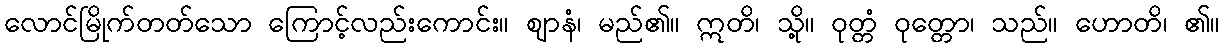
လောင်မြိုက်တတ်သော ကြောင့်လည်းကောင်း။ ဈာနံ၊ မည်၏။ ဣတိ၊ သို့။ ဝုတ္တံ ဝုတ္တော၊ သည်။ ဟောတိ၊ ၏။